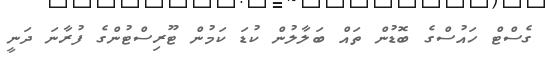
ގެސްޓް ހައުސްގެ ބޮޑުން ތައް ބަލާލުން ކުޑަ ކަމުން ޓޫރިސްޓުންގެ ފުރާނަ ދަނީ